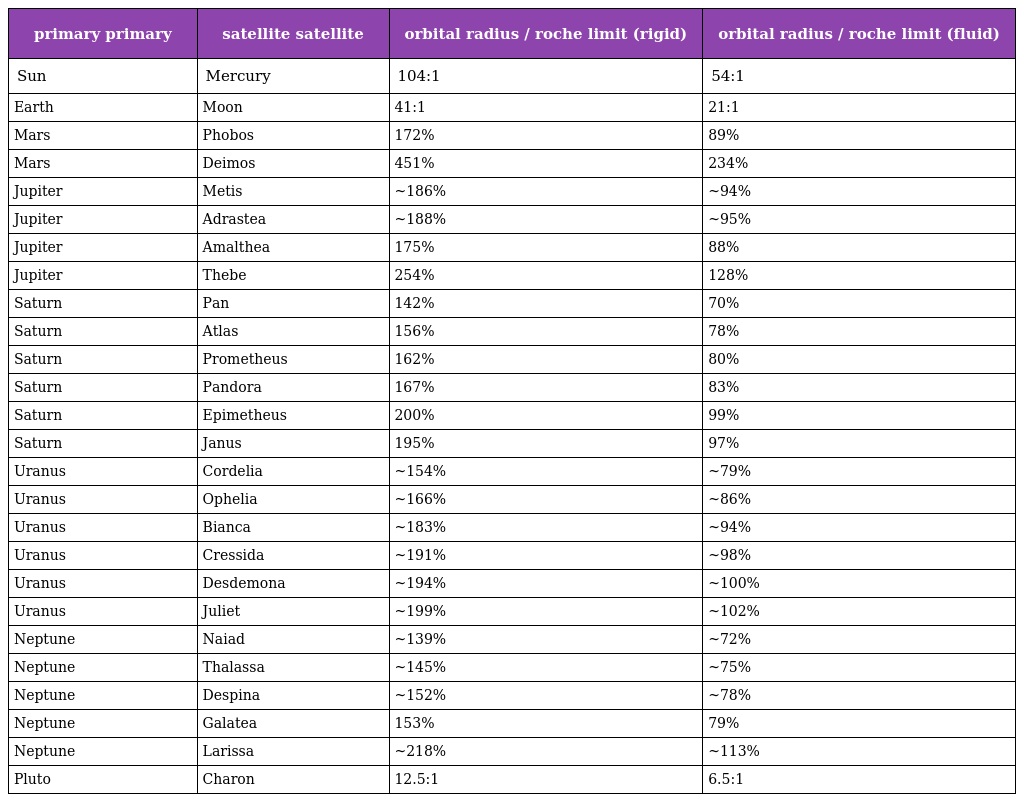
| primary primary | satellite satellite | orbital radius / roche limit (rigid) | orbital radius / roche limit (fluid) |
 | --- | --- | --- | --- |
 | Sun | Mercury | 104:1 | 54:1 |
 | Earth | Moon | 41:1 | 21:1 |
 | Mars | Phobos | 172% | 89% |
 | Mars | Deimos | 451% | 234% |
 | Jupiter | Metis | ~186% | ~94% |
 | Jupiter | Adrastea | ~188% | ~95% |
 | Jupiter | Amalthea | 175% | 88% |
 | Jupiter | Thebe | 254% | 128% |
 | Saturn | Pan | 142% | 70% |
 | Saturn | Atlas | 156% | 78% |
 | Saturn | Prometheus | 162% | 80% |
 | Saturn | Pandora | 167% | 83% |
 | Saturn | Epimetheus | 200% | 99% |
 | Saturn | Janus | 195% | 97% |
 | Uranus | Cordelia | ~154% | ~79% |
 | Uranus | Ophelia | ~166% | ~86% |
 | Uranus | Bianca | ~183% | ~94% |
 | Uranus | Cressida | ~191% | ~98% |
 | Uranus | Desdemona | ~194% | ~100% |
 | Uranus | Juliet | ~199% | ~102% |
 | Neptune | Naiad | ~139% | ~72% |
 | Neptune | Thalassa | ~145% | ~75% |
 | Neptune | Despina | ~152% | ~78% |
 | Neptune | Galatea | 153% | 79% |
 | Neptune | Larissa | ~218% | ~113% |
 | Pluto | Charon | 12.5:1 | 6.5:1 |